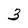
Character: 3